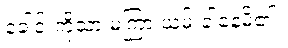
ခေါင်းကိုသာ မကြာ ယမ်းခါနေမိ၏။